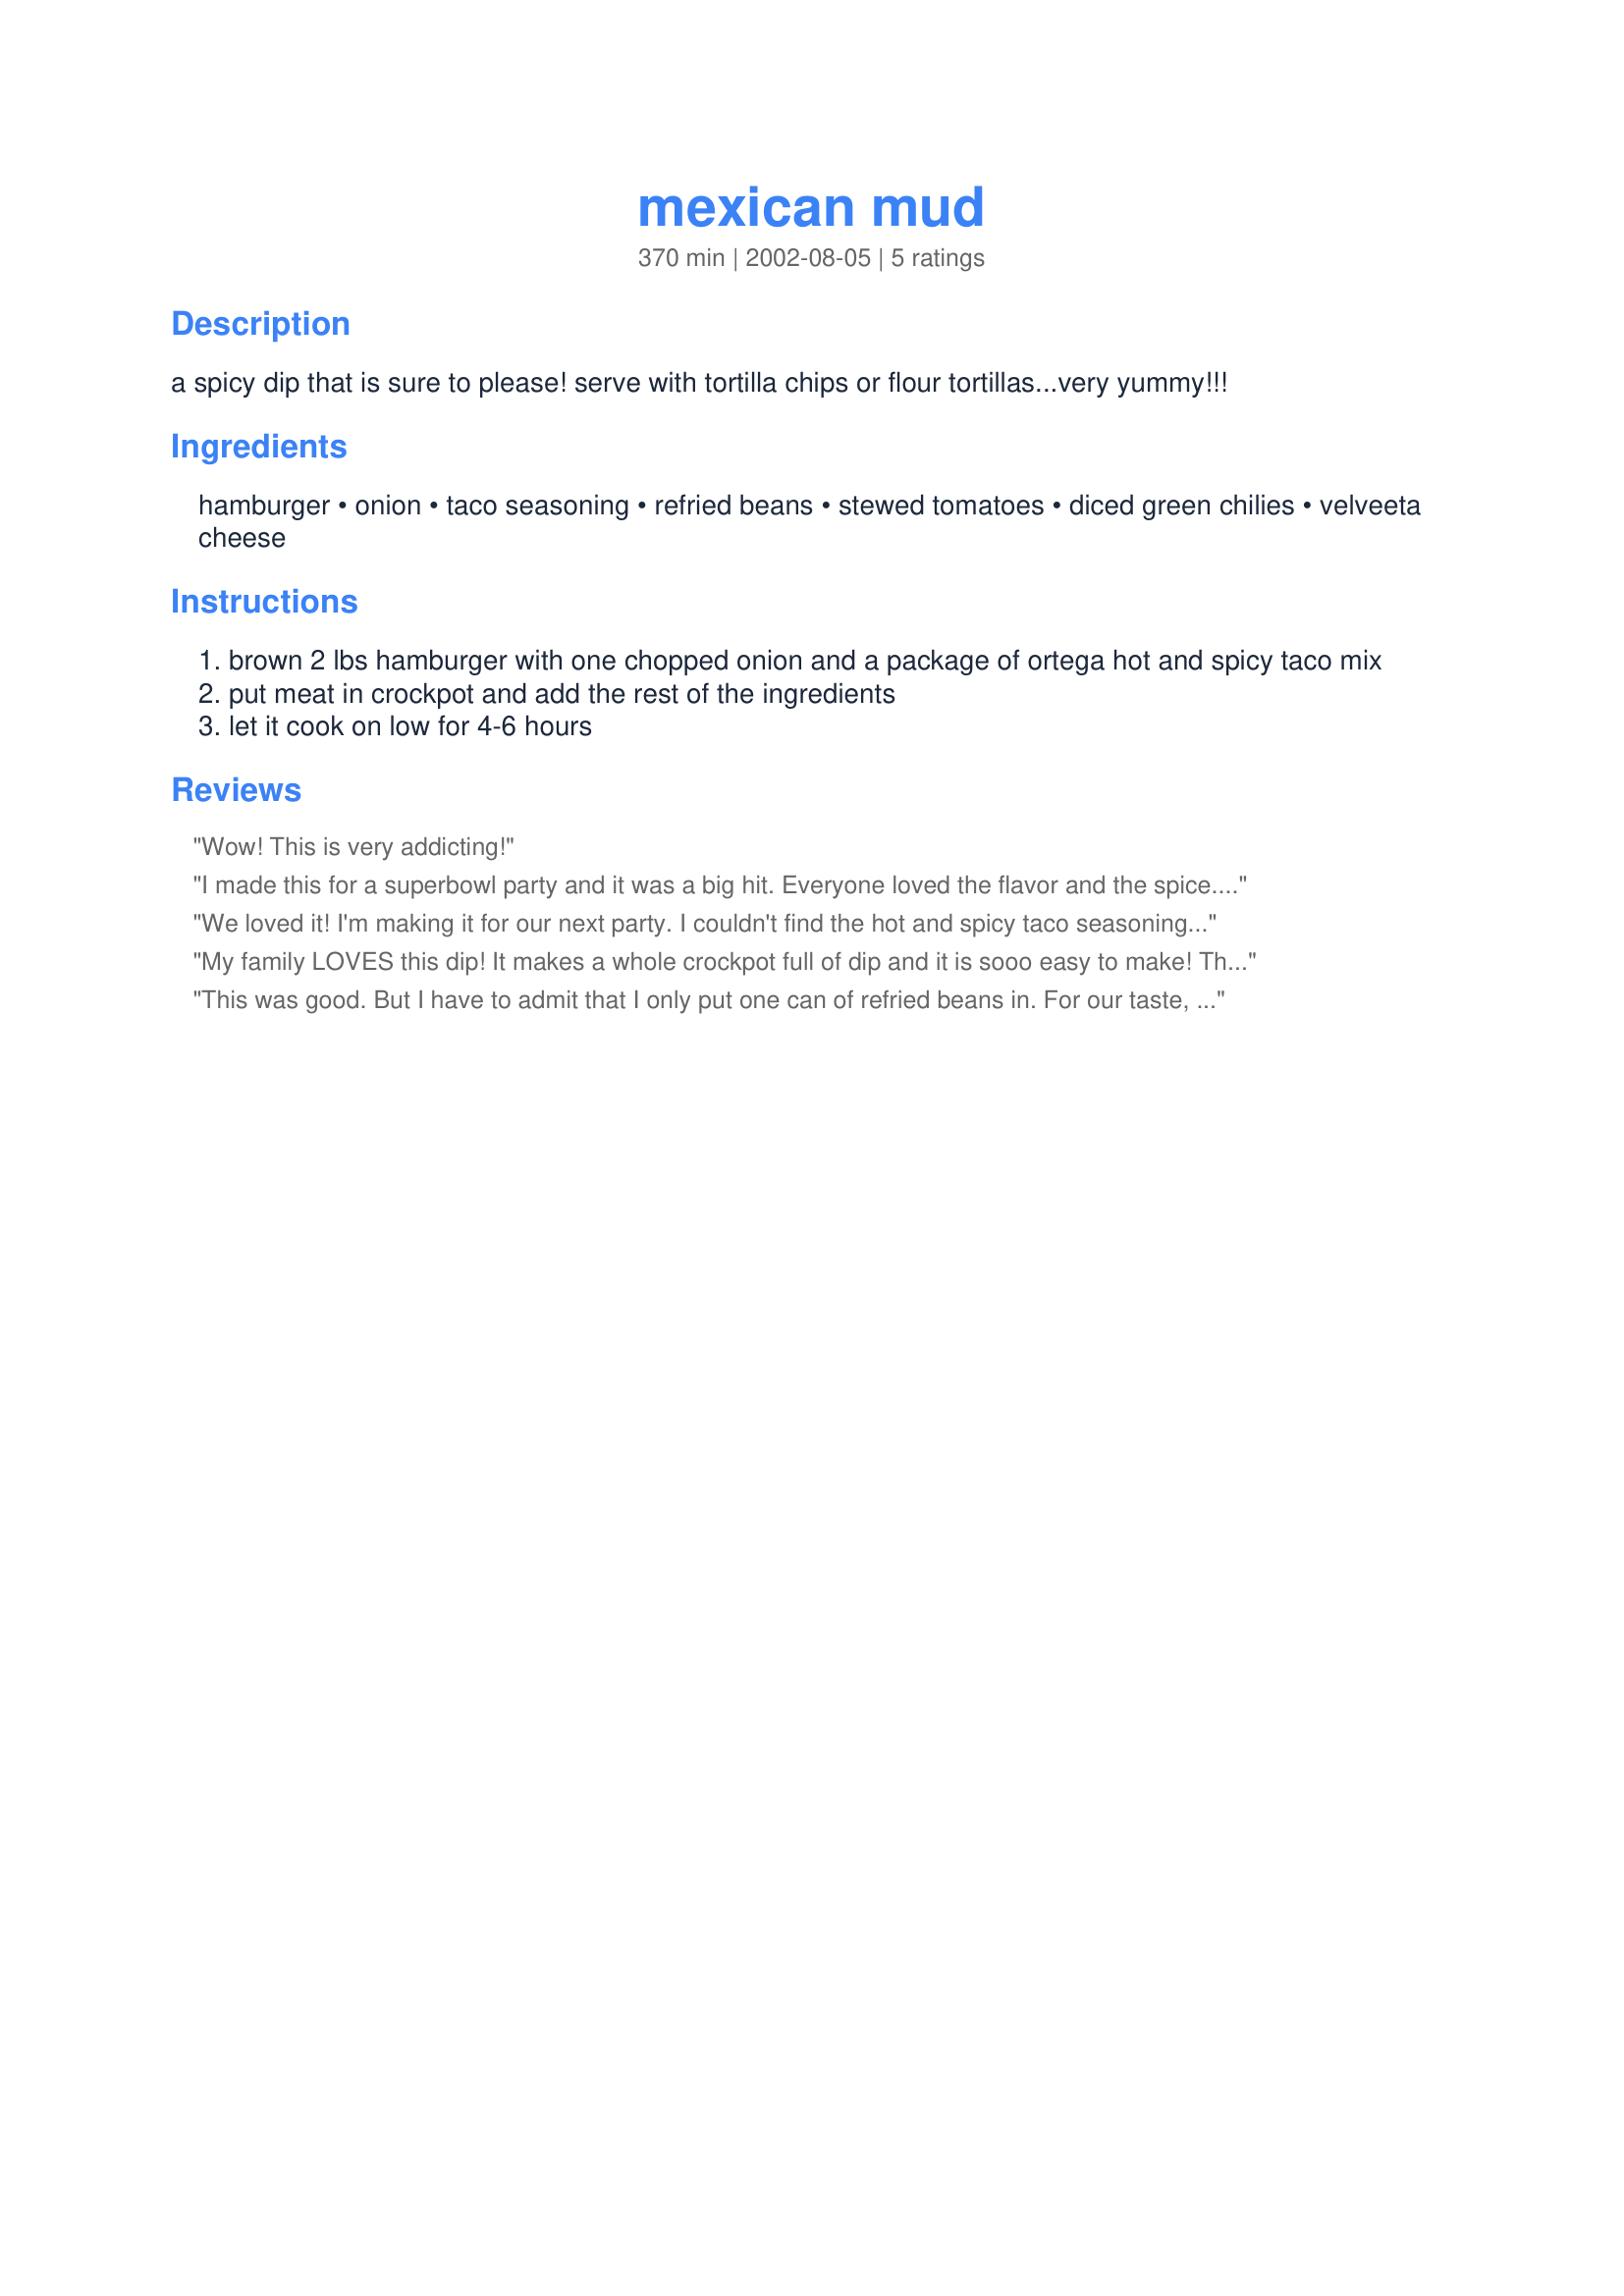
mexican mud
Preparation time: 370 minutes

a spicy dip that is sure to please! serve with tortilla chips or flour tortillas...very yummy!!!

Ingredients:
hamburger, onion, taco seasoning, refried beans, stewed tomatoes, diced green chilies, velveeta cheese

Steps:
brown 2 lbs hamburger with one chopped onion and a package of ortega hot and spicy taco mix
put meat in crockpot and add the rest of the ingredients
let it cook on low for 4-6 hours

Reviews:
Wow! This is very addicting!
I made this for a superbowl party and it was a big hit. Everyone loved the flavor and the spice. It was so easy to make too! I will definitely make this one again. Thanks Diggy! :)
We loved it! I'm making it for our next party. I couldn't find the hot and spicy taco seasoning though, so I used the regular taco seasoning and added 3 tablespoons Chipotle Tabasco. It was awesome!
My family LOVES this dip! It makes a whole crockpot full of dip and it is sooo easy to make! The only difference I made to the recipe is instead of the stewed tomatoes I opted to use two cans of mild Rotel tomatoes and green chiles and I only used 2 cans of refried beans. This is a great dip for any get together or party. I made it at my daughters birthday party and we ran out of tostitos before we did the dip and some people started putting the dip on their hot dogs and liked it! A must try for sure!!! :)
This was good. But I have to admit that I only put one can of refried beans in. For our taste, 3 cans would have been tooooo beany. In fact, when I make this again, I will follow the recipe exactly, except I will leave out the beans altogether. Otherwise, it was great. Also, I substituted the stewed tomatoes and put in Extra Hot Rotel, only because I didn't have hot and spicy taco seasoning. I think I liked it better that way. Served Cher's wonderful Margarita Cake as dessert....Awesome!
